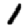
Digit: 1